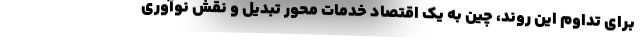
برای تداوم این روند، چین به یک اقتصاد خدمات محور تبدیل و نقش نوآوری